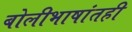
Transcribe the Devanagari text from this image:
बोलीभाषांतही